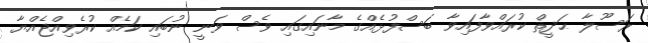
ރަސޫލާ ޙަދީޘް ކުރައްވާފައިވާ ބަސްފުޅެއްގެ މާނައިގައި ވެސް ވަނީ ނުބައި ކަމެއް ކުރެވިއްޖެއްޔާ